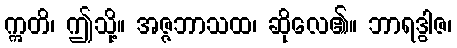
ဣတိ၊ ဤသို့။ အဇ္ဇဘာသထ၊ ဆိုလေ၏။ ဘာရဒွါဇ၊